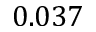
0 . 0 3 7